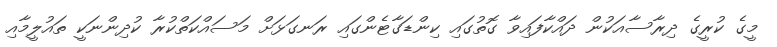
މީގެ ކުރީގެ ދިރާސާއަކުން ދައްކާފައިވާ ގޮތުގައި ކިންޑަގާޓެންގައި ރަނގަޅަށް މަސައްކަތްކުރާ ކުދިންނަކީ ތައުލީމާއި